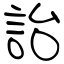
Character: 詒